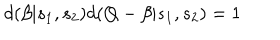
d ( \beta | s _ { 1 } , s _ { 2 } ) d ( Q - \beta | s _ { 1 } , s _ { 2 } ) = 1